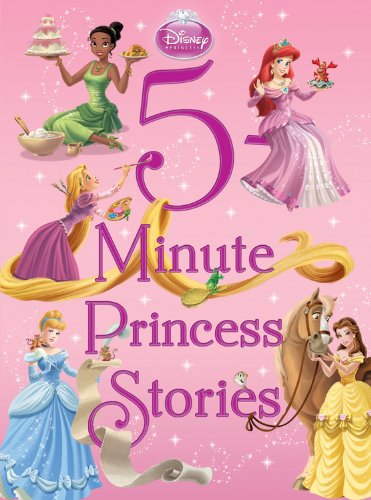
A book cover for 5-Minute Princess Stories (5-Minute Stories); Disney Book Group; Children's Books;